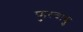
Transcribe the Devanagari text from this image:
फुरचाचु